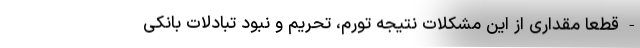
- قطعا مقداری از این مشکلات نتیجه تورم، تحریم و نبود تبادلات بانکی